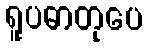
ရူပဓာတုပေ